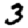
Digit: 3